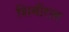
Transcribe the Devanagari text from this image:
शिबीरात